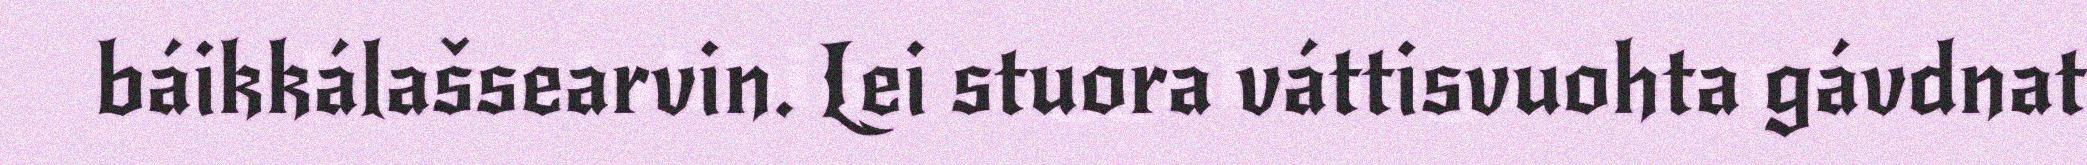
báikkálašsearvin. Lei stuora váttisvuohta gávdnat